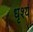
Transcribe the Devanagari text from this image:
धृश्य